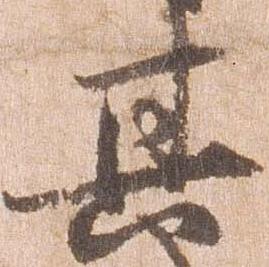
其